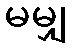
မမျှ